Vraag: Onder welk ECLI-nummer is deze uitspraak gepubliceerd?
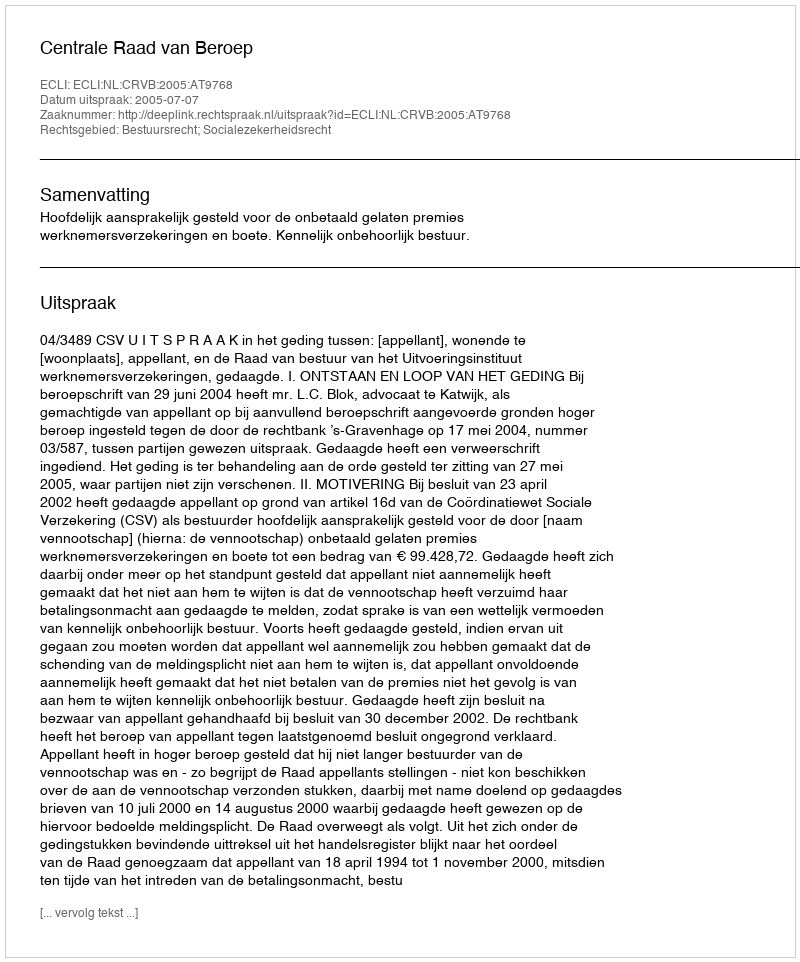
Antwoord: ECLI:NL:CRVB:2005:AT9768